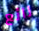
رائع